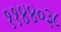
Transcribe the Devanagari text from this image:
११४४०३८